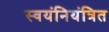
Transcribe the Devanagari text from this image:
स्वयंनियंत्रित